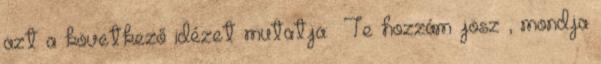
azt a következő idézet mutatja: «Te hozzám jösz», mondja